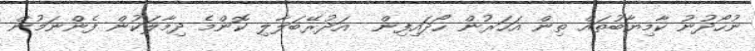
ނުހޯދުނު ކާމިޔާބުތައް ތިން އަހަރުން ހޯދައިފިން  އަދުރޭބަލާލި ކޮންމެ ދިމާލަކުން ފެންނަމުން